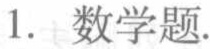
1. 数学题.